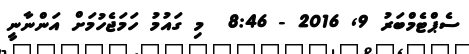
ސެޕްޓެމްބަރު 9